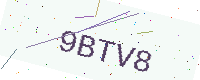
Text: 9BTV8